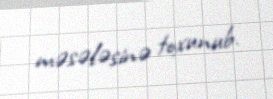
məsələsinə toxunub.